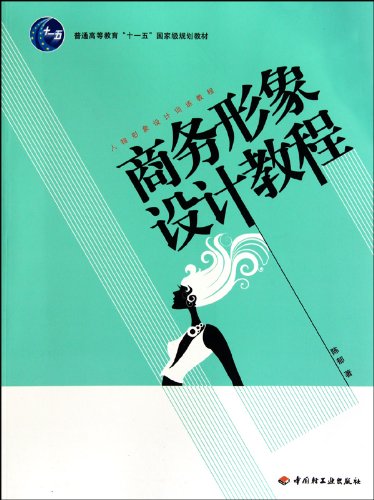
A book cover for A Course in Business Image Design  the Training Course in Character Image Design (Chinese Edition); chen yu; Business & Money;